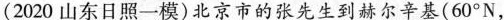
(2020山东日照一模)北京市的张先生到赫尔辛基(60°N，